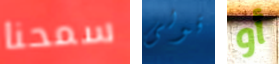
سمحنا قولى أو